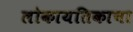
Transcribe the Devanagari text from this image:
लोकायतिकाचा